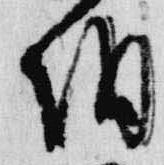
朝